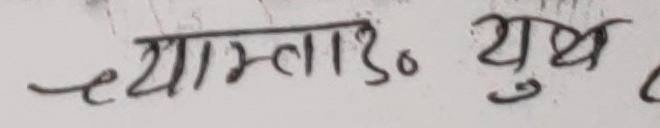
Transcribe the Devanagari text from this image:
च्याम्ला३० युथ ?